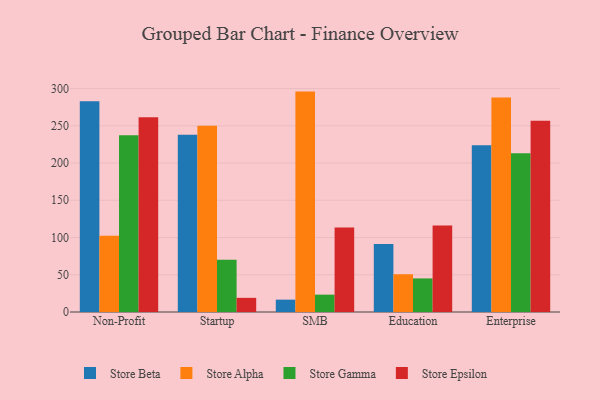
{"axis": {"x": "Segment", "y": "Tickets Resolved"}, "legend": ["Store Alpha", "Store Beta", "Store Epsilon", "Store Gamma"], "data": [{"x": "Non-Profit", "y": 282.9, "type": "Store Beta"}, {"x": "Non-Profit", "y": 102.3, "type": "Store Alpha"}, {"x": "Non-Profit", "y": 237.3, "type": "Store Gamma"}, {"x": "Non-Profit", "y": 261.5, "type": "Store Epsilon"}, {"x": "Startup", "y": 238.1, "type": "Store Beta"}, {"x": "Startup", "y": 250.1, "type": "Store Alpha"}, {"x": "Startup", "y": 70.3, "type": "Store Gamma"}, {"x": "Startup", "y": 19.0, "type": "Store Epsilon"}, {"x": "SMB", "y": 16.6, "type": "Store Beta"}, {"x": "SMB", "y": 295.9, "type": "Store Alpha"}, {"x": "SMB", "y": 23.3, "type": "Store Gamma"}, {"x": "SMB", "y": 113.6, "type": "Store Epsilon"}, {"x": "Education", "y": 91.2, "type": "Store Beta"}, {"x": "Education", "y": 50.7, "type": "Store Alpha"}, {"x": "Education", "y": 45.1, "type": "Store Gamma"}, {"x": "Education", "y": 116.0, "type": "Store Epsilon"}, {"x": "Enterprise", "y": 223.8, "type": "Store Beta"}, {"x": "Enterprise", "y": 288.1, "type": "Store Alpha"}, {"x": "Enterprise", "y": 213.1, "type": "Store Gamma"}, {"x": "Enterprise", "y": 256.6, "type": "Store Epsilon"}]}